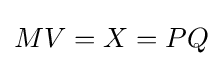
MV=X=PQ